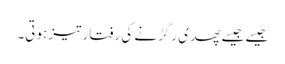
جیسے جیسے پھدی رگڑنے کی رفتار تیز ہوتی۔